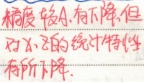
精度较低,有下降,但 对不良的统计特性 有所下降.